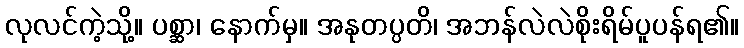
လုလင်ကဲ့သို့။ ပစ္ဆာ၊ နောက်မှ။ အနုတပ္ပတိ၊ အဘန်လဲလဲစိုးရိမ်ပူပန်ရ၏။